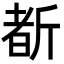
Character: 斱